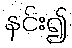
နင်း၍